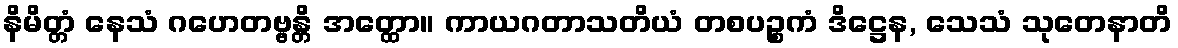
နိမိတ္တံ နေသံ ဂဟေတဗ္ဗန္တိ အတ္ထော။ ကာယဂတာသတိယံ တစပဉ္စကံ ဒိဋ္ဌေန, သေသံ သုတေနာတိ